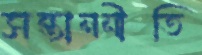
সন্তাননীতি